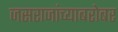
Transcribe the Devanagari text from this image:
जसराजांच्याबरोबर